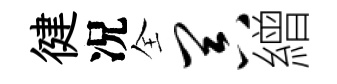
徤况全器繒